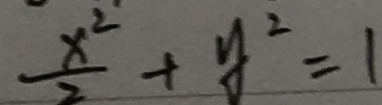
\frac { x ^ { 2 } } { 2 } + y ^ { 2 } = 1